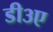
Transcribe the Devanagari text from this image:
डी३ए